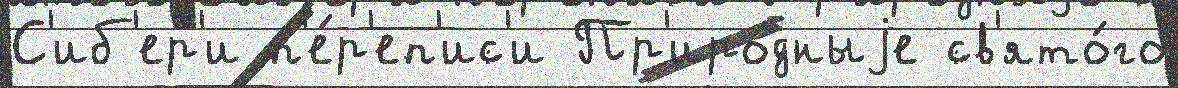
С'иб'ер'и п'е́р'еп'ис'и Пр'иро́дныjе св'ято́го